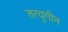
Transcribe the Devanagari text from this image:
तत्युगीन